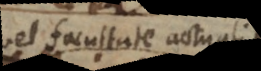
vel facultate actuali